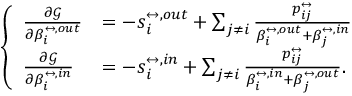
\left\{ \begin{array} { l l } { \frac { \partial \mathcal { G } } { \partial \beta _ { i } ^ { \leftrightarrow , o u t } } } & { = - s _ { i } ^ { \leftrightarrow , o u t } + \sum _ { j \neq i } \frac { p _ { i j } ^ { \leftrightarrow } } { \beta _ { i } ^ { \leftrightarrow , o u t } + \beta _ { j } ^ { \leftrightarrow , i n } } } \\ { \frac { \partial \mathcal { G } } { \partial \beta _ { i } ^ { \leftrightarrow , i n } } } & { = - s _ { i } ^ { \leftrightarrow , i n } + \sum _ { j \neq i } \frac { p _ { i j } ^ { \leftrightarrow } } { \beta _ { i } ^ { \leftrightarrow , i n } + \beta _ { j } ^ { \leftrightarrow , o u t } } . } \end{array} \right.